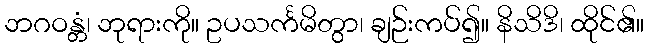
ဘဂဝန္တံ၊ ဘုရားကို။ ဥပသင်္ကမိတွာ၊ ချဉ်းကပ်၍။ နိသိဒိ၊ ထိုင်၏။